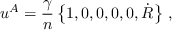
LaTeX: u ^ { A } = { \frac { \gamma } { n } } \left\{ 1 , 0 , 0 , 0 , 0 , \dot { \cal R } \right\} \, ,